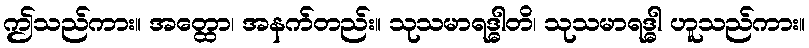
ဤသည်ကား။ အတ္ထော၊ အနက်တည်း။ သုသမာရဒ္ဓါတိ၊ သုသမာရဒ္ဓါ ဟူသည်ကား။